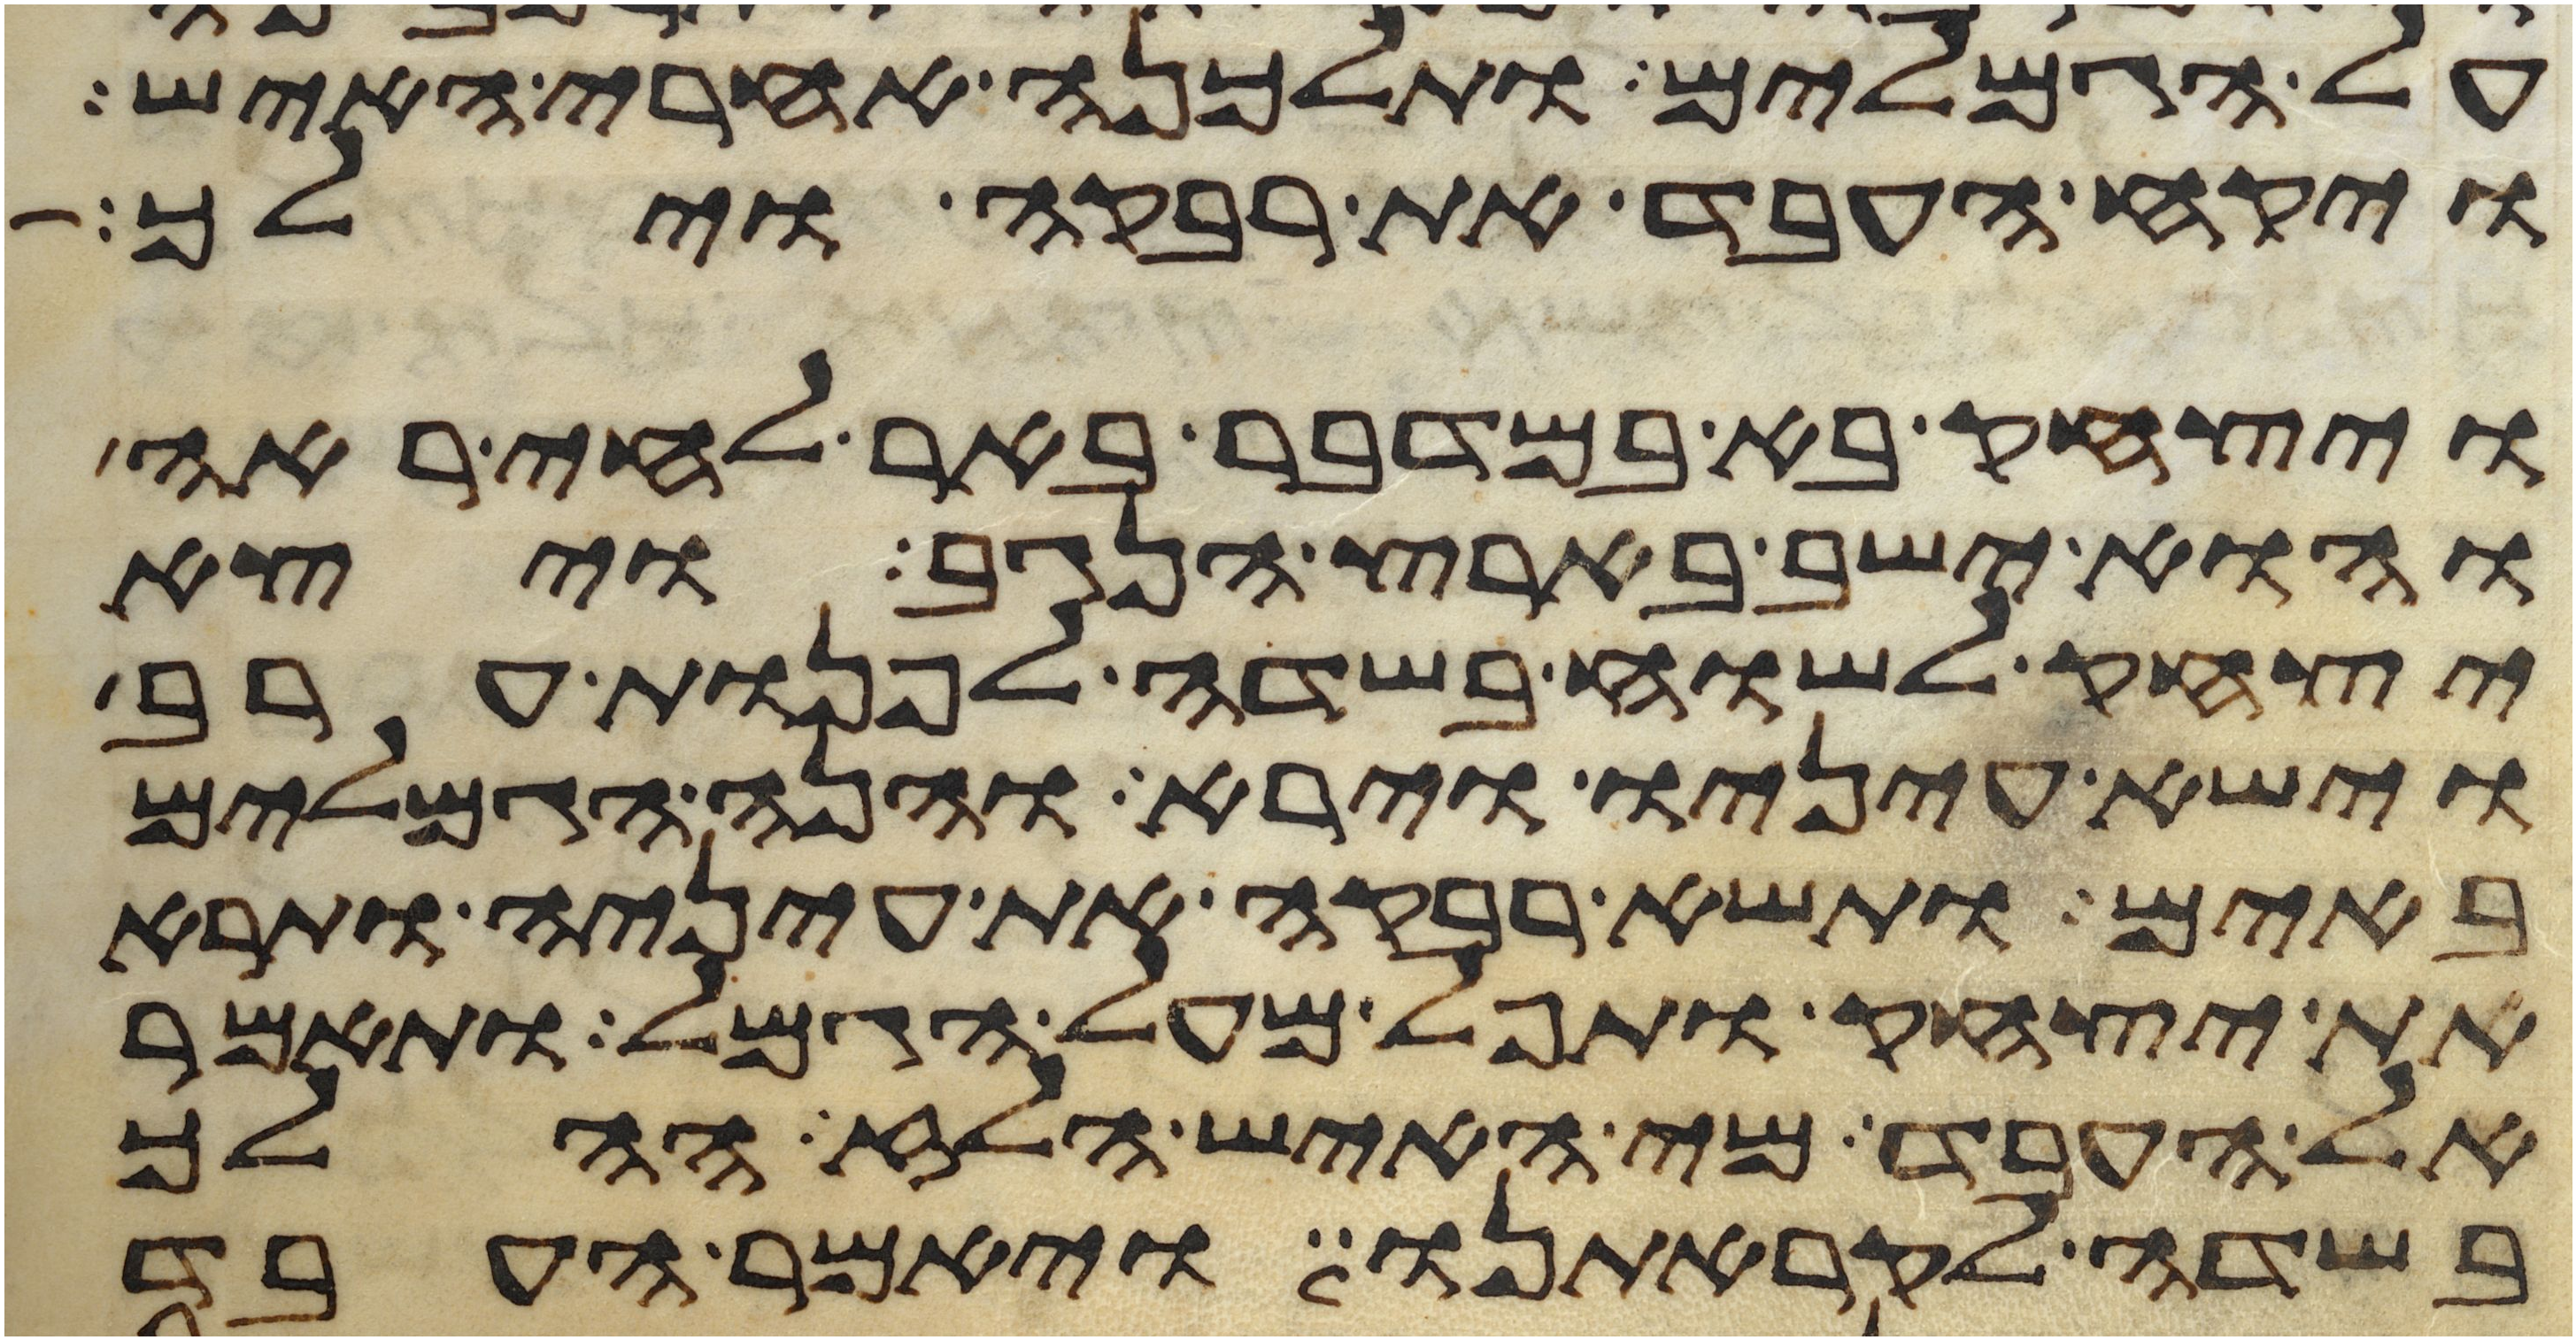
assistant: על הגמלים ותלכנה אחרי האיש
ויקח העבד את רבקה וילך
ויצחק בא במדבר באר לחי ראה
והוא ישב בארץ הנגב ויצא
יצחק לשוח בשדה לפנות ערב
וישא עיניו וירא והנה הגמלים
באים ותשא רבקה את עיניה ותרא
את יצחק ותפל מעל הגמל ותאמר
אל העבד מי האיש הלז ההלך
בשדה לקראתנו ויאמר העבד